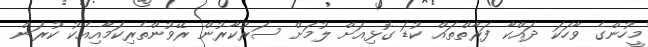
މީހުންގެ ވާހަކަ ދައްކާ ފަރާތްތައް ކުޑަ ގޮޅިއަށް ލުމަށް ސަރުކާރުން ރޭވުންތެރިކަމާއިއެކު ކުރަން